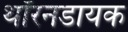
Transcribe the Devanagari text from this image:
थॉरनडायक